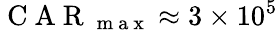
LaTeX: \mathrm{~C~A~R~}_{\mathrm{~m~a~x~}}\approx 3\times 10^{5}